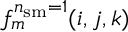
f _ { m } ^ { n _ { \mathrm { s m } } = 1 } ( i , j , k )